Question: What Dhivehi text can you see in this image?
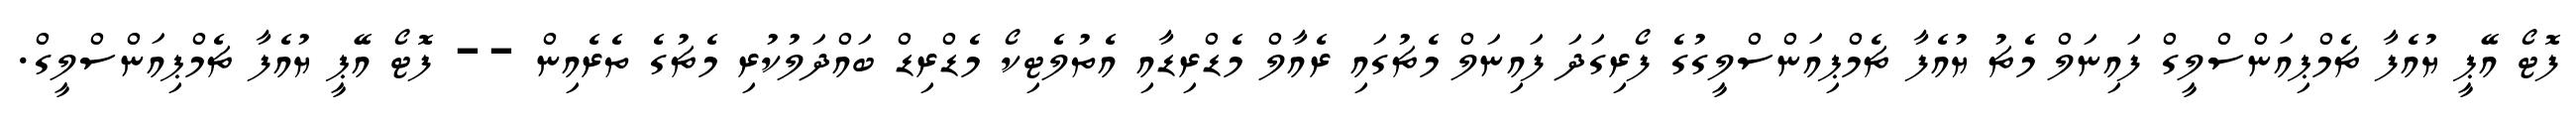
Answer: ފޮޓޯ އޭޕީ ޔުއެފާ ޗެމްޕިއަންސްލީގް ފައިނަލް މެޗު ޔުއެފާ ޗެމްޕިއަންސްލީގުގެ ފޯރިގަދަ ފައިނަލް މެޗުގައި ރެއާލް މެޑްރިޑާއި އެތުލެޓިކޯ މެޑްރިޑް ބައްދަލުކުރި މެޗުގެ ތެރެއިން -- ފޮޓޯ އޭޕީ ޔުއެފާ ޗެމްޕިއަންސްލީގް.